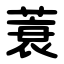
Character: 蓑